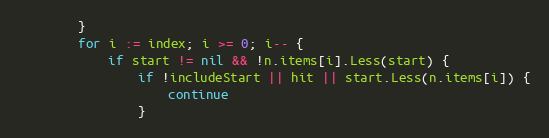
Language: Go
		}
		for i := index; i >= 0; i-- {
			if start != nil && !n.items[i].Less(start) {
				if !includeStart || hit || start.Less(n.items[i]) {
					continue
				}